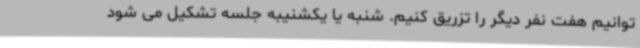
توانیم هفت نفر دیگر را تزریق کنیم. شنبه یا یکشنیبه جلسه تشکیل می شود